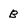
Character: B